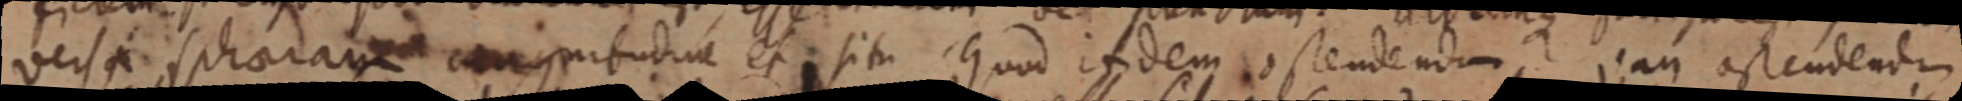
versa sphaeram congnibudine et situ Quod indem ostendendum jan ostendendum